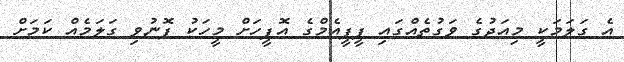
އެ ގަލަމަކީ މިއަދުގެ ވަގުތެއްގައި ޕީޕީއެމްގެ އޮފީހަށް މީހަކު ފޮނުވި ގަލަމެއް ކަމަށް